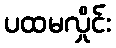
ပထမလှိုင်း